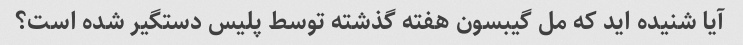
آیا شنیده اید که مل گیبسون هفته گذشته توسط پلیس دستگیر شده است؟